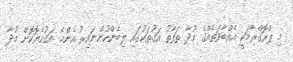
މި ޕްރޮގްރާމަކީ އެއްބާވަތެއްގެ މުދާ ތަފާތު އަގުތަކުގައި ލިބެންހުންނައިރު އެންމެ އަގުހެޔޮކޮށް މުދާ